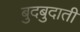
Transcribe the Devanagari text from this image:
बुदबुदाती